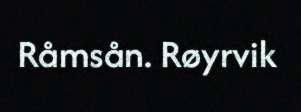
Råmsån. Røyrvik